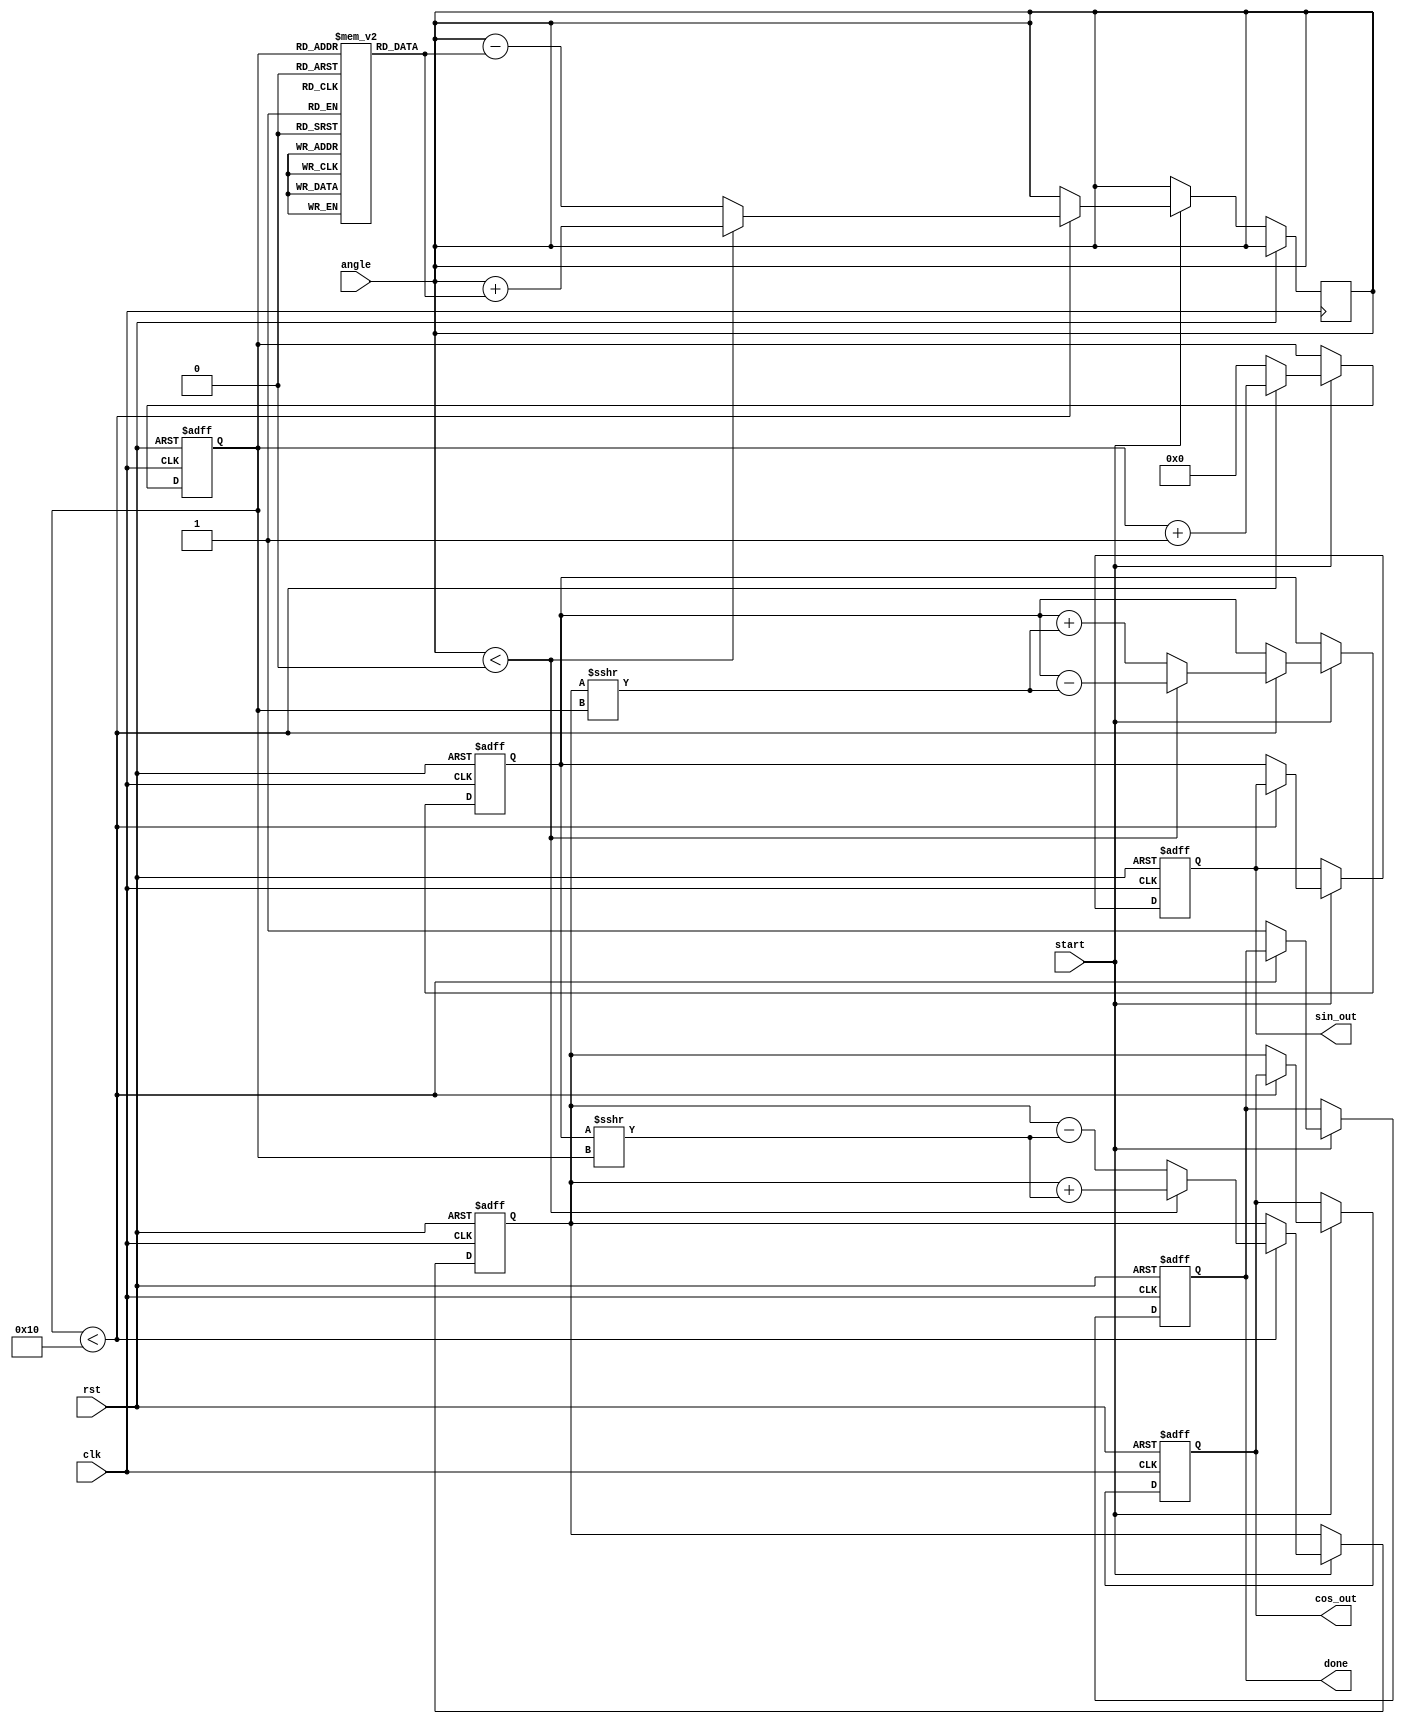
module cordic #(
    parameter DATA_WIDTH = 16, // Input and output data width
    parameter N = 16 // Number of iterations
)(
    input wire clk,
    input wire rst,
    input wire start,
    input wire signed [DATA_WIDTH-1:0] angle, // Input angle in radians
    output reg signed [DATA_WIDTH-1:0] cos_out, // Cosine output
    output reg signed [DATA_WIDTH-1:0] sin_out, // Sine output
    output reg done // Completion signal
);

    // Pre-computed arctangent values (in fixed-point representation)
    reg signed [DATA_WIDTH-1:0] atan_table [0:N-1];
    
    initial begin
        // Populate the arctangent lookup table with pre-computed values
        // Example values for atan(2^-i) for i = 0 to N-1
        atan_table[0] = 16'h3243; // atan(1) = pi/4 in Q1.15 format
        atan_table[1] = 16'h1DAC; // atan(0.5) in Q1.15 format
        atan_table[2] = 16'h1C71; // atan(0.25) in Q1.15 format
        atan_table[3] = 16'h1A63; // atan(0.125) in Q1.15 format
        // Continue filling the table for required iterations
        // ...
        atan_table[N-1] = 16'h0000; // Last value (depends on N)
    end

    // Internal registers for coordinates
    reg signed [DATA_WIDTH-1:0] x;
    reg signed [DATA_WIDTH-1:0] y;
    reg [3:0] iteration; // Iteration counter

    // FSM for CORDIC computation
    always @(posedge clk or posedge rst) begin
        if (rst) begin
            cos_out <= 0;
            sin_out <= 0;
            done <= 0;
            iteration <= 0;
            x <= 16'h26DD; // Initial x = K (scaling factor)
            y <= 0; // Initial y = 0
        end else if (start) begin
            if (iteration < N) begin
                // CORDIC rotation logic
                if (angle < 0) begin
                    // Counter-clockwise rotation
                    x <= x + (y >>> iteration);
                    y <= y - (x >>> iteration);
                    angle <= angle + atan_table[iteration]; // Update angle
                end else begin
                    // Clockwise rotation
                    x <= x - (y >>> iteration);
                    y <= y + (x >>> iteration);
                    angle <= angle - atan_table[iteration]; // Update angle
                end
                iteration <= iteration + 1;
            end else begin
                // Final output assignment after all iterations
                cos_out <= x;
                sin_out <= y;
                done <= 1; // Indicate completion
                iteration <= 0; // Reset for next operation
            end
        end
    end

endmodule